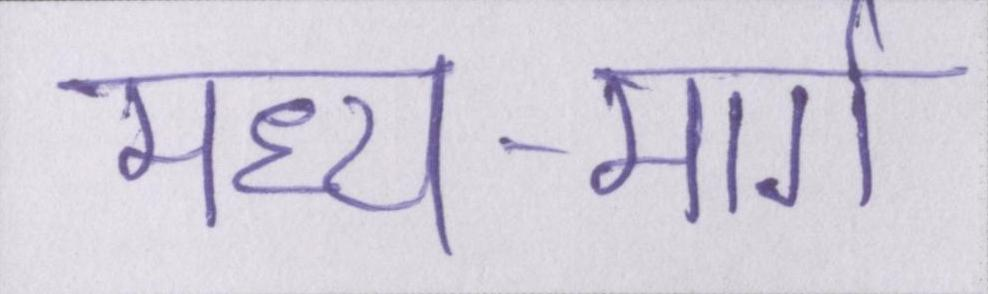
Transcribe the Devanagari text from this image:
मध्य-मार्ग